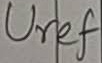
Text: Uref